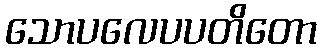
သောပလေပပတိတော